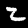
Digit: 2